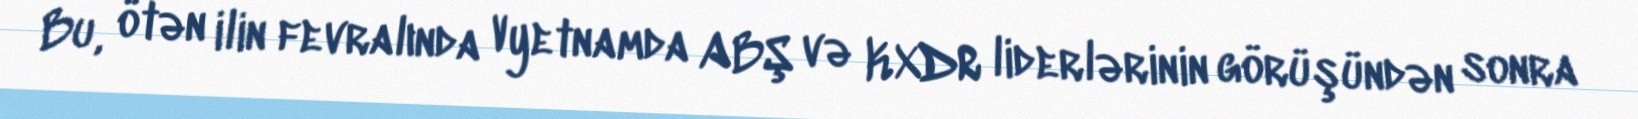
Bu, ötən ilin fevralında Vyetnamda ABŞ və KXDR liderlərinin görüşündən sonra